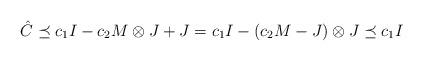
LaTeX: \begin{align*} \hat C \preceq c_1 I - c_2 M \otimes J + J = c_1 I - (c_2 M - J) \otimes J \preceq c_1 I \end{align*}